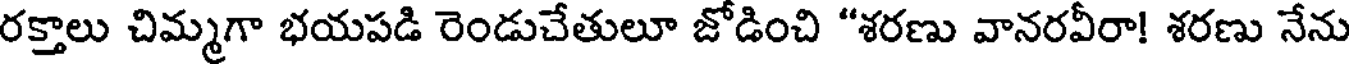
రక్తాలు చిమ్మగా భయపడి రెండుచేతులూ జోడించి "శరణు వానరవీరా! శరణు నేను